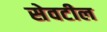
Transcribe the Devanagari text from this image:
सेवटील